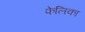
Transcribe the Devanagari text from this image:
फेलिका